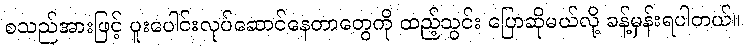
စသည်အားဖြင့် ပူးပေါင်းလုပ်ဆောင်နေတာတွေကို ထည့်သွင်း ပြောဆိုမယ်လို့ ခန့်မှန်းရပါတယ်။